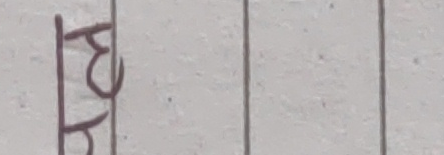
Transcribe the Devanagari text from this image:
ब्य